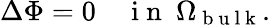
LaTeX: \Delta\Phi=0\quad\mathrm{~i~n~}\ \Omega_{\mathrm{~b~u~l~k~}}.